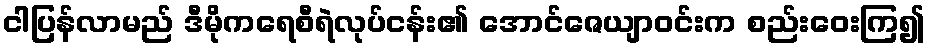
ငါပြန်လာမည် ဒီမိုကရေစီရဲလုပ်ငန်း၏ အောင်ဇေယျာဝင်းက စည်းဝေးကြ၍